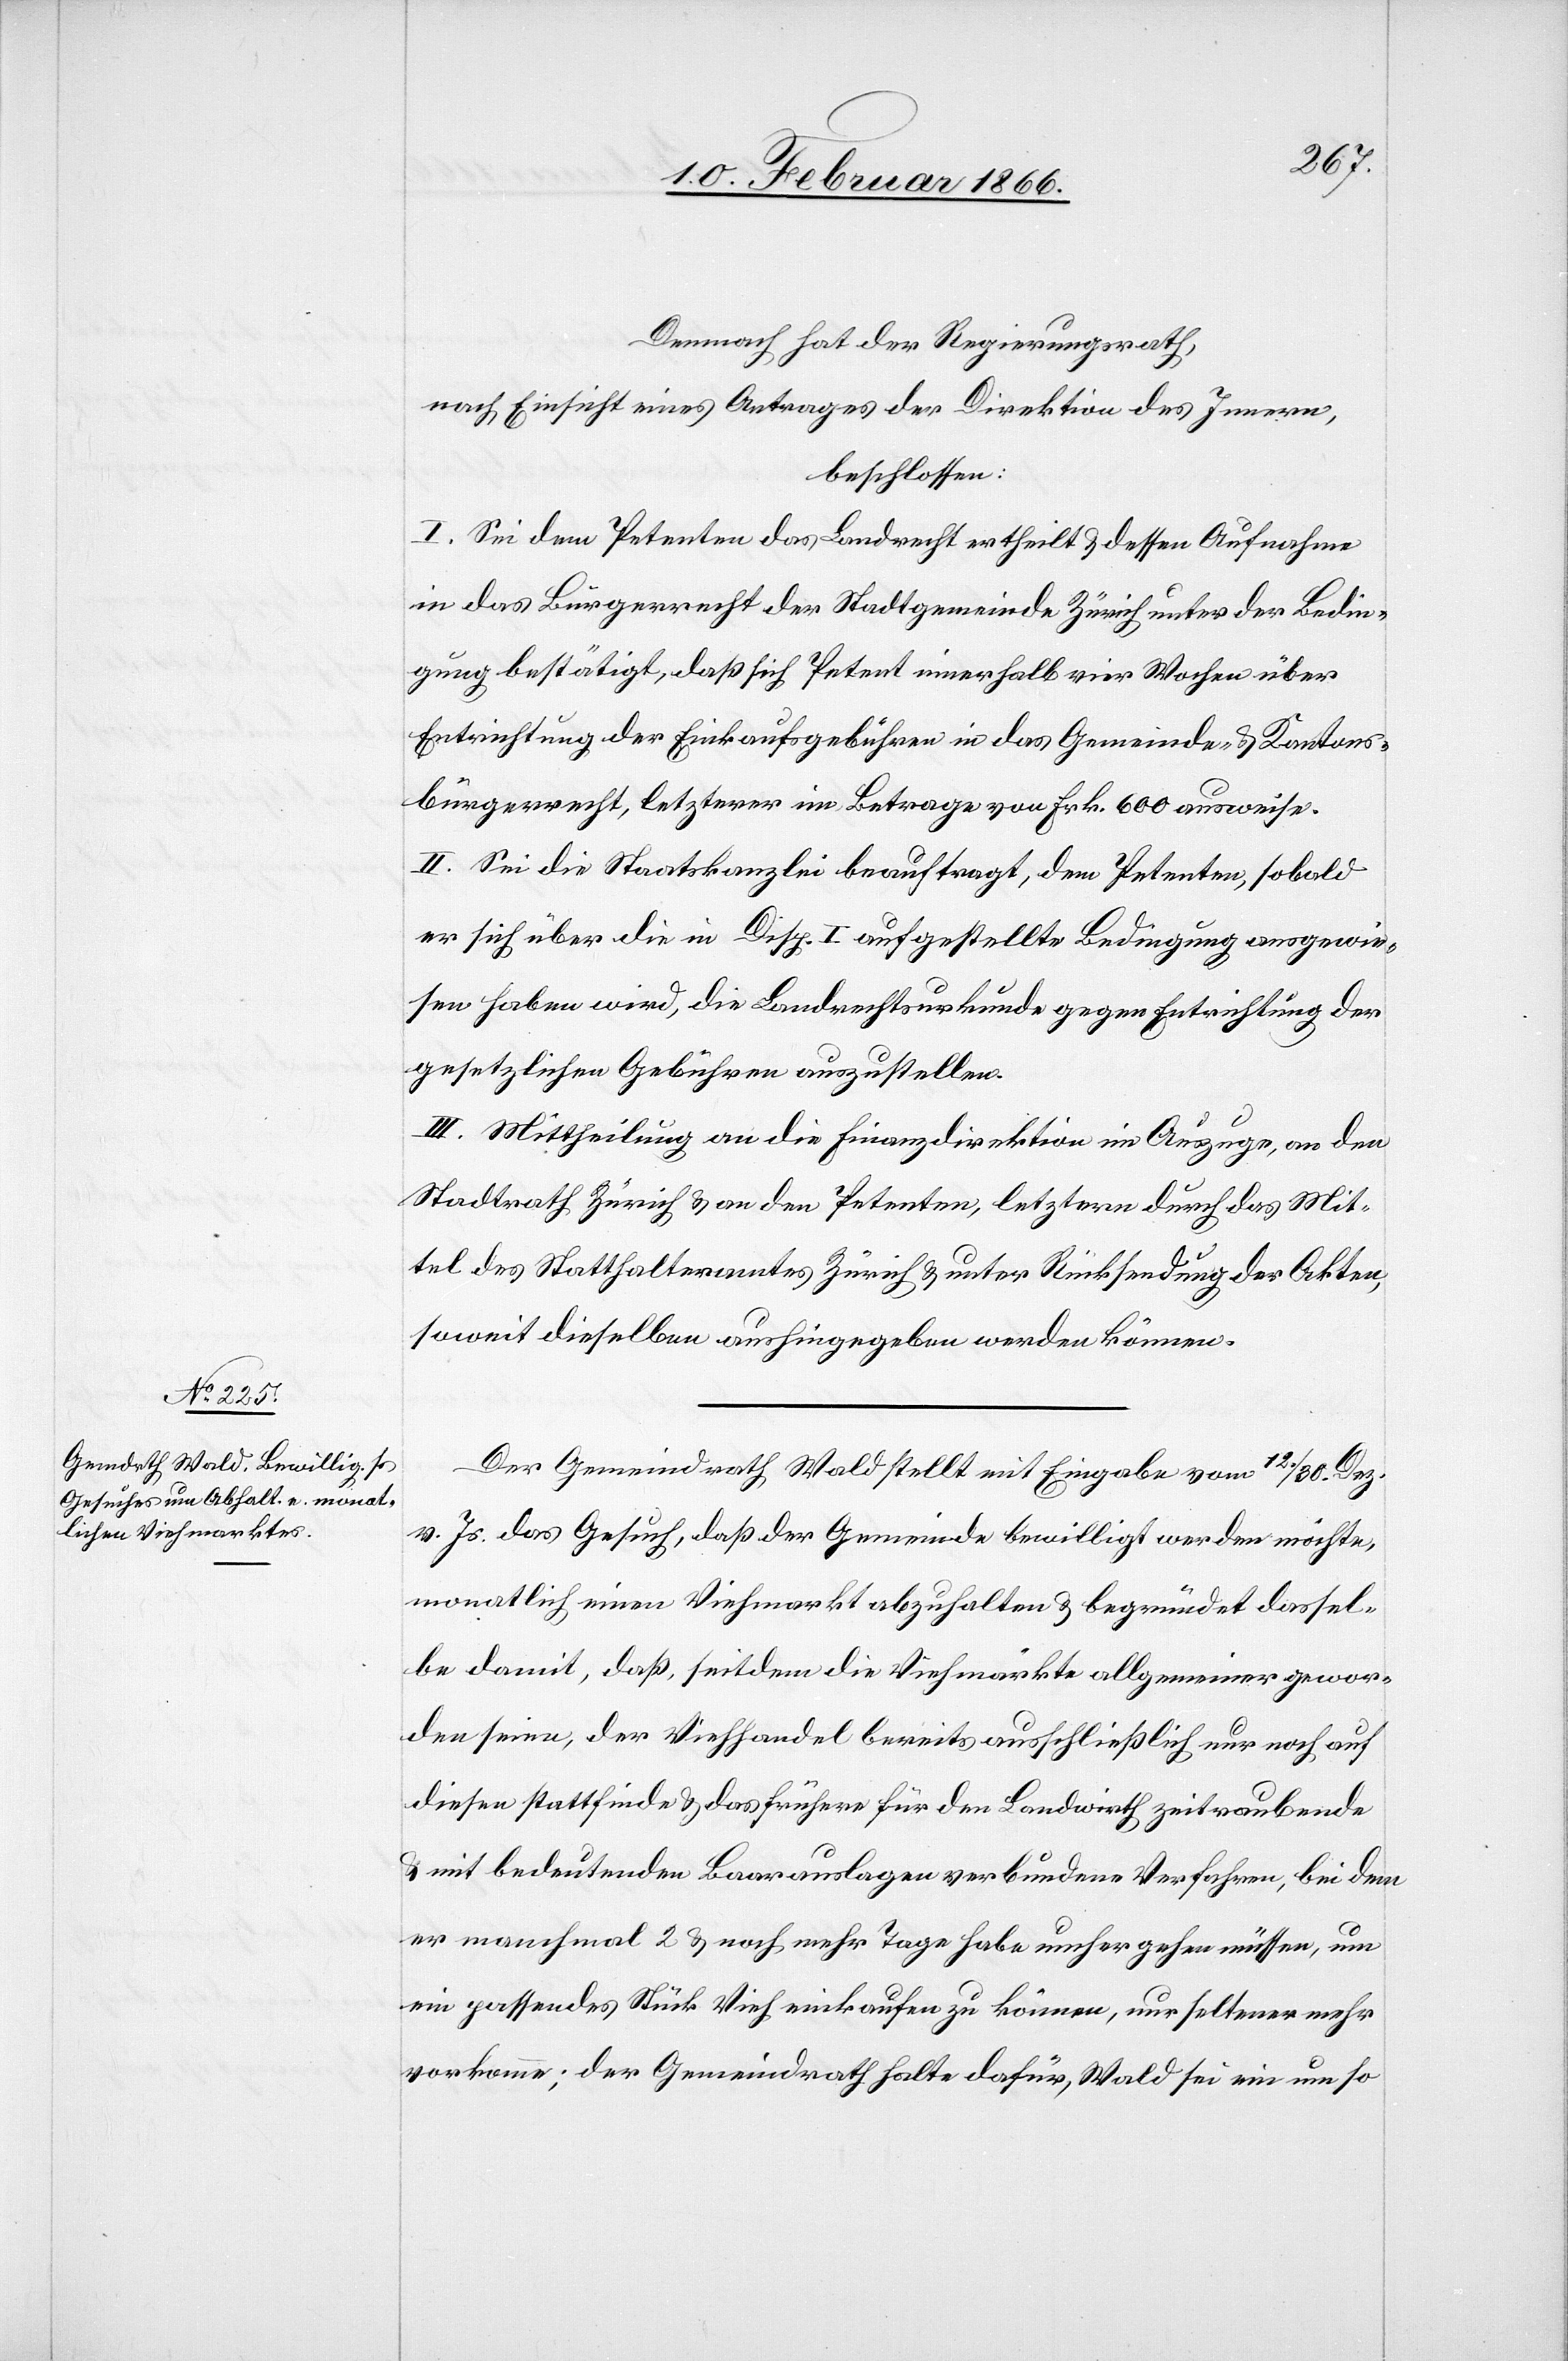
Demnach hat der Regierungsrath,
nach Einsicht eines Antrages der Direktion des Innern,
beschlossen:
I. Sei dem Petenten das Landrecht ertheilt u. dessen Aufnahme
in das Bürgerrecht der Stadtgemeinde Zürich unter der Bedin¬
gung bestätigt, daß sich Petent innerhalb vier Wochen über
Entrichtung der Einkaufsgebühren in das Gemeinde- u- Kantons¬
bürgerrecht, letzterer im Betrage von Frk. 600 ausweise.
II. Sei die Staatskanzlei beauftragt, dem Petenten, sobald
er sich über die in Disp. I aufgestellte Bedingung ausgewie¬
sen haben wird, Landrechtsurkunde gegen Entrichtung der
gesetzlichen Gebühren auszustellen.
III. Mittheilung an die Finanzdirektion im Auszuge, an den
Stadtrath Zürich u. an den Petenten, letztern durch das Mit¬
tel des Statthalteramtes Zürich u. unter Rückstellung der Akten,
soweit dieselben aushingegeben werden können.
Der Gemeindrath Wald stellt mit Eingabe vom 12./30. Dez
v. Js. das Gesuch, daß der Gemeinde bewilligt werden möchte,
monatlich einen Viehmarkt abzuhalten u. begründet dassel¬
be damit, daß, seitdem die Viehmärkte allgemeiner gewor¬
den seien, der Viehhandel bereits ausschließlich nur noch auf
diesen stattfinde u. das frühere für den Landwirth zeitraubende
mit bedeutenden Baarauslagen verbundene Verfahren, bei dem
er manchmal 2 u. noch mehr Tage habe umher gehen müssen, um
ein passendes Stück Vieh einkaufen zu können, nun seltener mehr
vorkomme; der Gemeindrath halte dafür, Wald sei ein um so